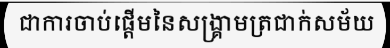
ជាការចាប់ផ្តើមនៃសង្គ្រាមត្រជាក់សម័យ